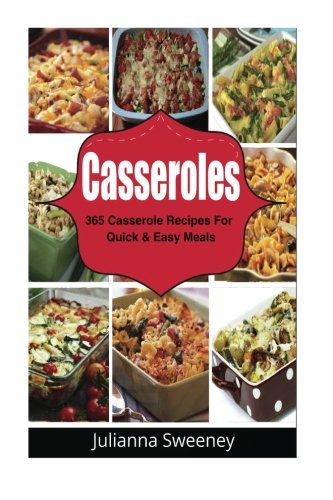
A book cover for Casseroles: 365 Days of Casserole Recipes for Quick and Easy Meals; Julianna Sweeney; Cookbooks, Food & Wine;